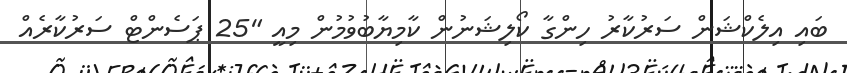
ބައި އިލެކްޝަން ސަރުކާރު ހިންގާ ކޯލިޝަނުން ކާމިޔާބުވުމުން މިއީ "25 ޕަސެންޓް ސަރުކާރެއް